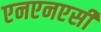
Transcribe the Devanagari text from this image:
एनएनएसी